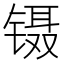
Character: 镊